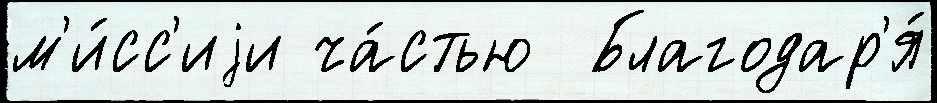
м'и́сс'иjи ча́стью  Благодар'я́